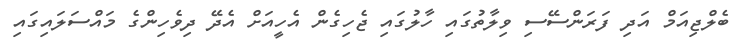
ބެލްޖިއަމް އަދި ފަރަންސޭސި ވިލާތުގައި ހާލުގައި ޖެހިގެން އެހީއަށް އެދޭ ދިވެހިންގެ މައްސަލައިގައި